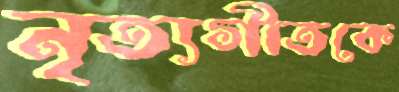
নৃত্যগীতকে